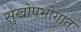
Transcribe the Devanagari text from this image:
सुखोपभोगात